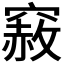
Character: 𥨅